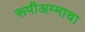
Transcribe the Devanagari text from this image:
रूपीअम्माचा